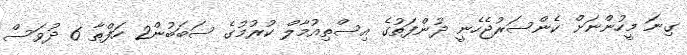
ގިނަ މީހުންނަށް ކެންސަރުޖެހެނީ ދުންފަތުގެ އިސްތިއުމާލް ކުރުމުގެ ސަބަބުން2 ހަފްތާ 6 ދުވަސް